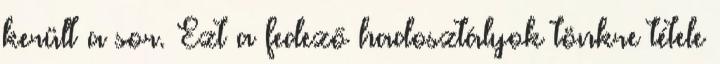
került a sor. Ezt a fedező hadosztályok tönkre tétele